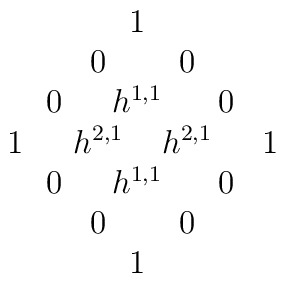
\newcommand{\m}[1]{\multicolumn{2}{c}{#1}}\arraycolsep=7pt\begin{array}{*8{c}}    &&&\m1&&& \\ &&\m0&\m0&& \\ &\m0&\m{h^{1,1}}&\m0& \\    \m1&\m{h^{2,1}}&\m{h^{2,1}}&\m1 \\ &\m0&\m{h^{1,1}}&\m0& \\    &&\m0&\m0&& \\ &&&\m1&&&\end{array}